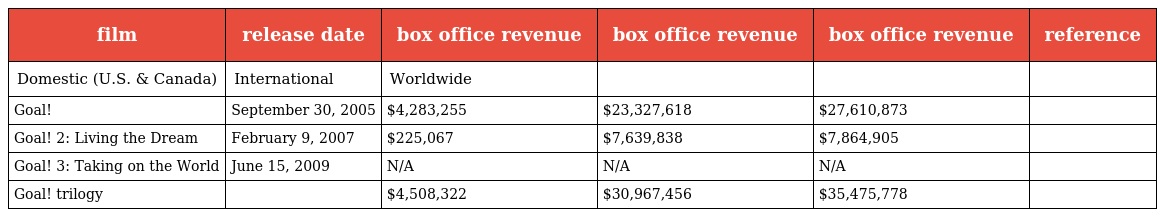
| film | release date | box office revenue | box office revenue | box office revenue | reference |
 | --- | --- | --- | --- | --- | --- |
 | Domestic (U.S. & Canada) | International | Worldwide |  |  |  |
 | Goal! | September 30, 2005 | $4,283,255 | $23,327,618 | $27,610,873 |  |
 | Goal! 2: Living the Dream | February 9, 2007 | $225,067 | $7,639,838 | $7,864,905 |  |
 | Goal! 3: Taking on the World | June 15, 2009 | N/A | N/A | N/A |  |
 | Goal! trilogy |  | $4,508,322 | $30,967,456 | $35,475,778 |  |